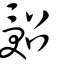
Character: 𠹾